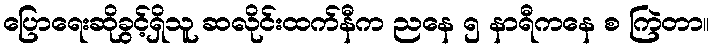
ပြောရေးဆိုခွင့်ရှိသူ ဆလိုင်းထက်နီက ညနေ ၅ နာရီကနေ စ ကြဲတာ။